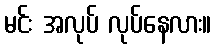
မင်း အလုပ် လုပ်နေလား။